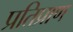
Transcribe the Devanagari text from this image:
प्रतिप्राण